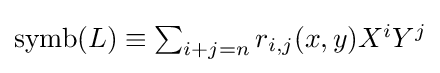
{\textstyle \operatorname {symb} (L)\equiv \sum _{i+j=n}r_{i,j}(x,y)X^{i}Y^{j}}